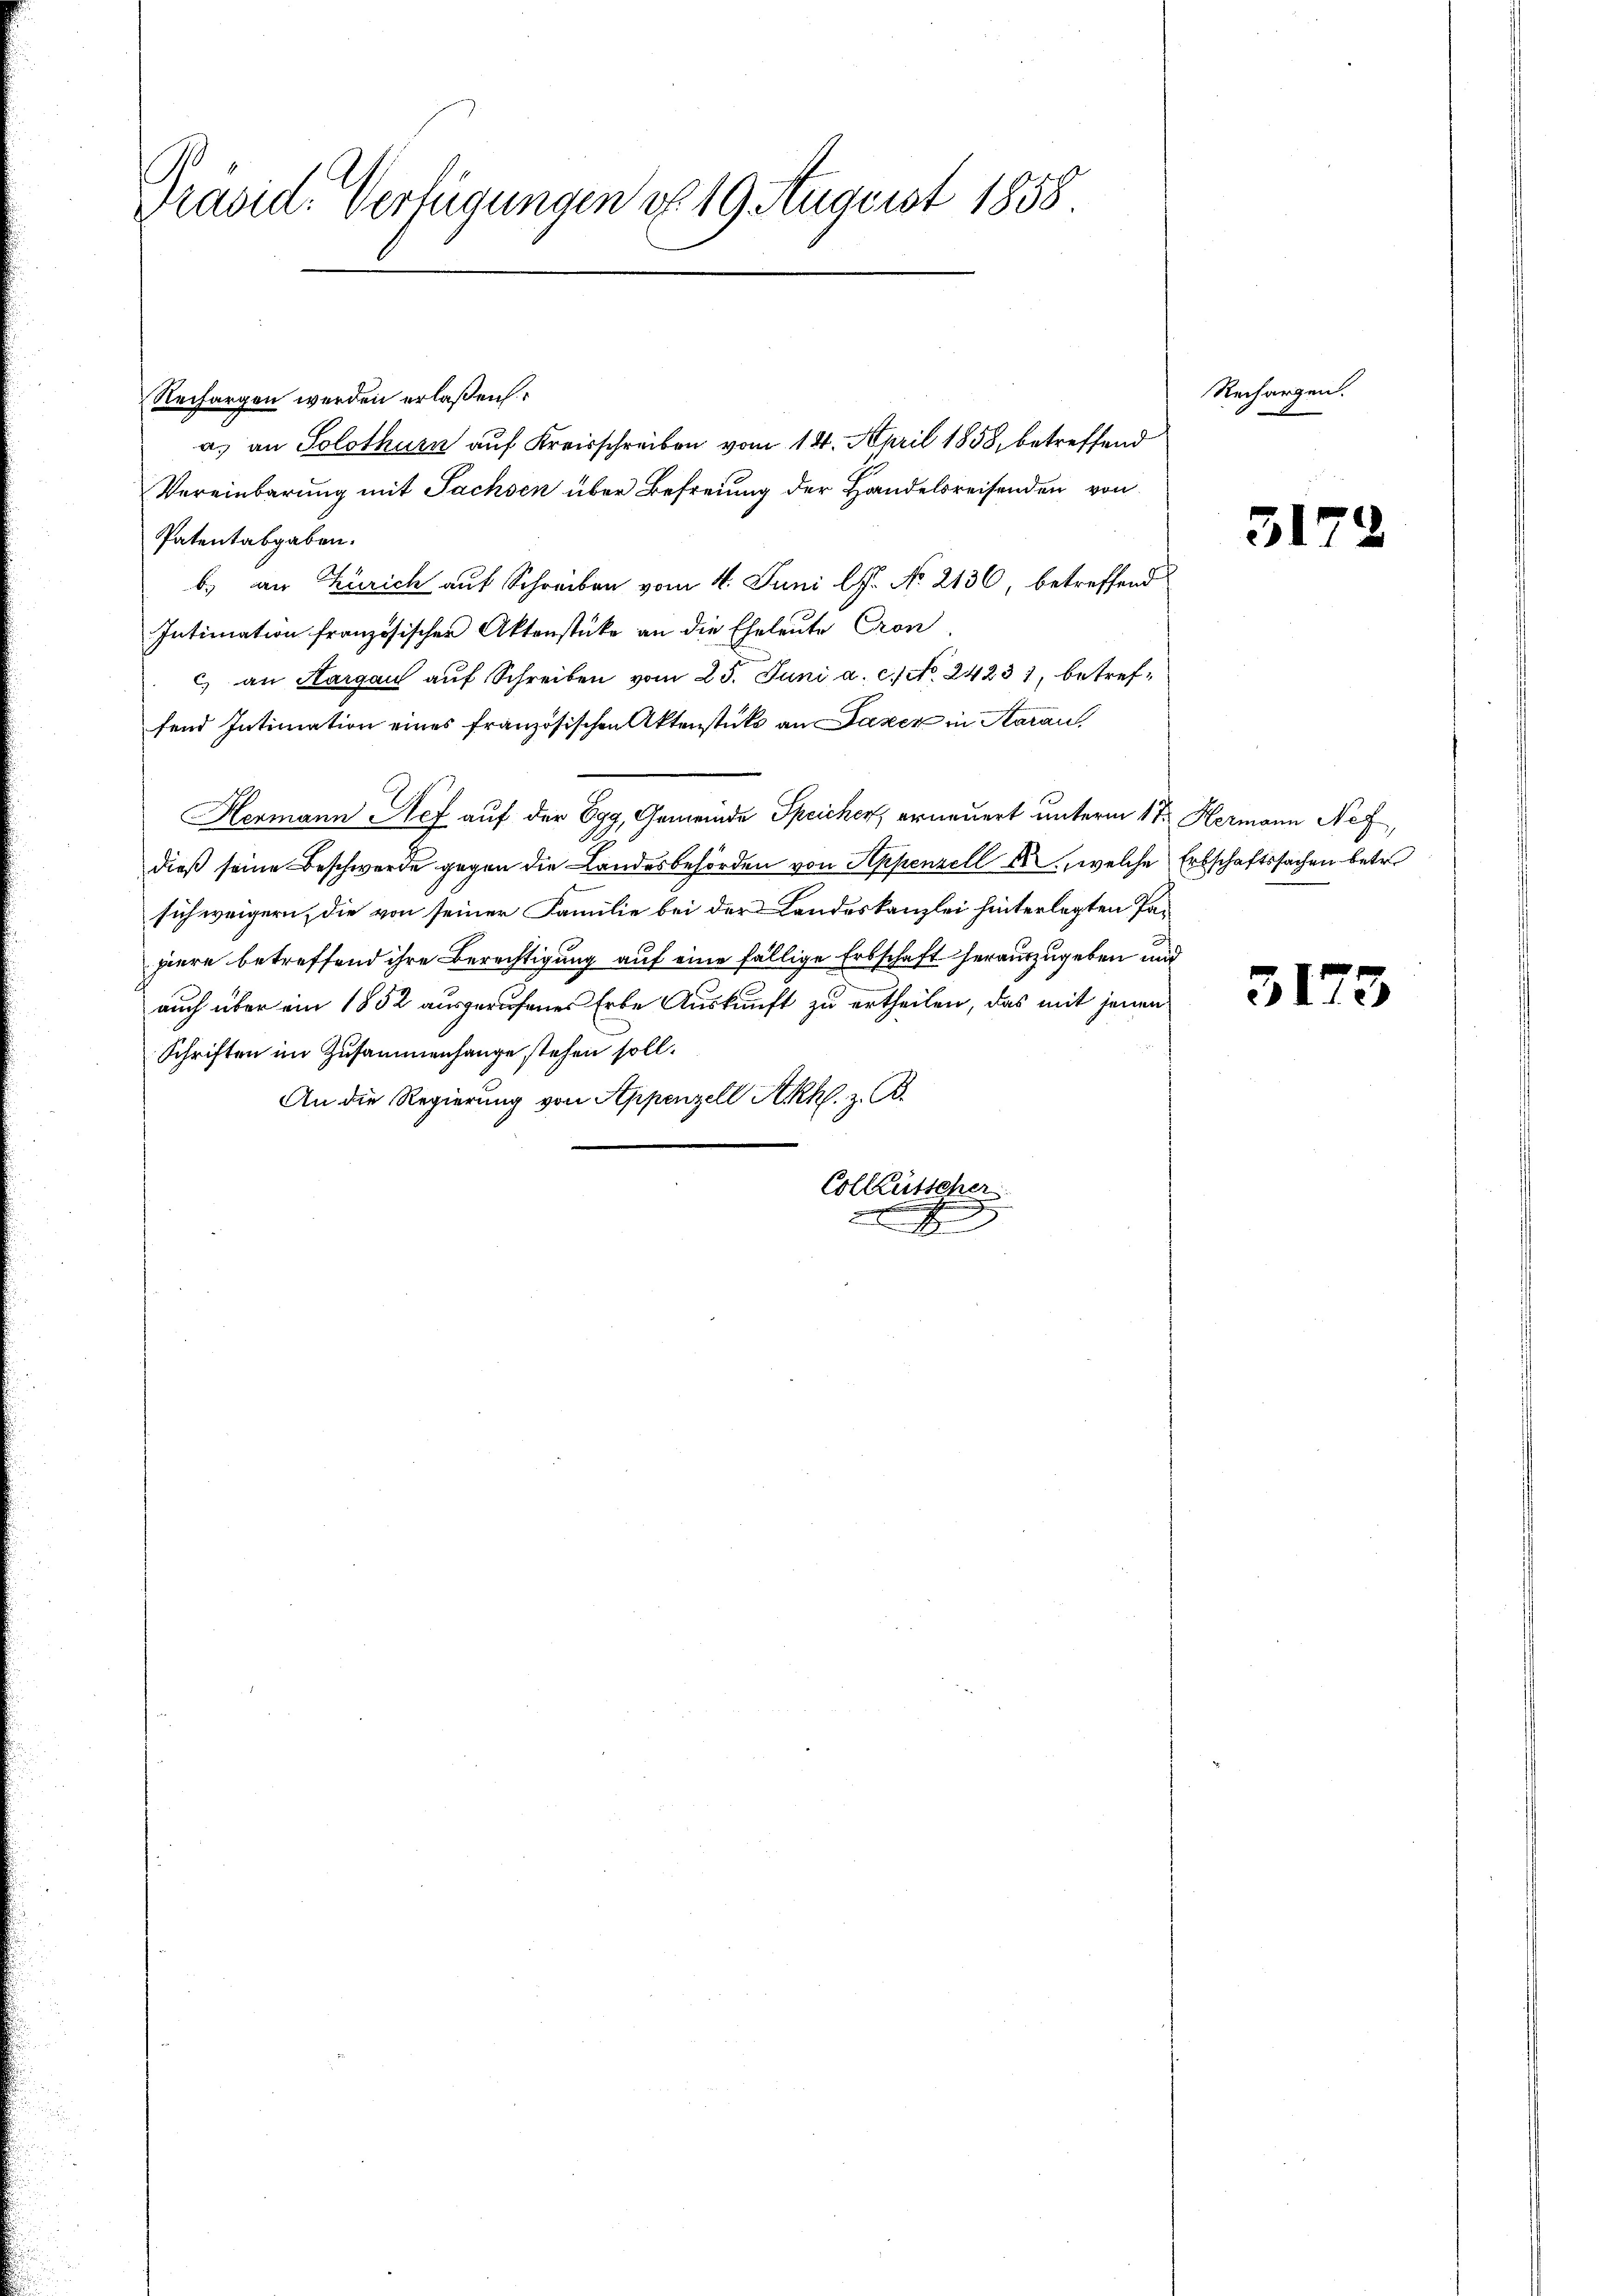
Präsid. Verfügungen d. 19 August 1858

Rechargen werden erlaßen:
a. an Solothurn auf Kreisschreiben vom 14. April 1858, betreffend
Vereinbarung mit Sachsen über Befreiung der Handelsreisenden von
Patentabgaben.
b.) an Zürich auf Schreiben vom 4. Juni lJ. No. 2136, betreffend
Intimation französischen Aktenstücke an die Eheleute Cron
c) an Aargau auf Schreiben vom 25. Juni a. c. No. 24231, betreffend Intimation eines französischen Aktenstüks an Fazer in Saran,
Hermann Nef auf der Egg, Gemeinde Speicher, erneuert unterm 1ten Hermann Nef
dieß seine Beschwerde gegen die Landesbehörden von Appenzell der, welche Erbschaftssachen betr.
sich weigern, die von seiner Familie bei der Landeskanzlei hinterlegten Papiere betreffend ihre Berechtigung auf eine fällige Erbschaft herauszugeben und
auch über ein 1852 ausgerufenes Erbe Auskunft zu ertheilen, das mit jenen
Schriften im Zusammenhange stehen soll.
An die Regierung von Appenzell Akhl. z. B.
Collentscher

x

Rechargen.

317

3173